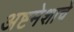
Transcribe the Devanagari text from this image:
अष्टमेशाचे